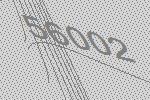
56002